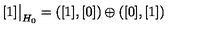
[ 1 ] \bigr | _ { H _ { 0 } } = ( [ 1 ] , [ 0 ] ) \oplus ( [ 0 ] , [ 1 ] )